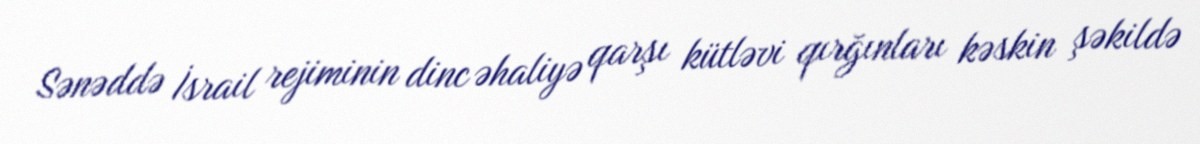
Sənəddə İsrail rejiminin dinc əhaliyə qarşı kütləvi qırğınları kəskin şəkildə